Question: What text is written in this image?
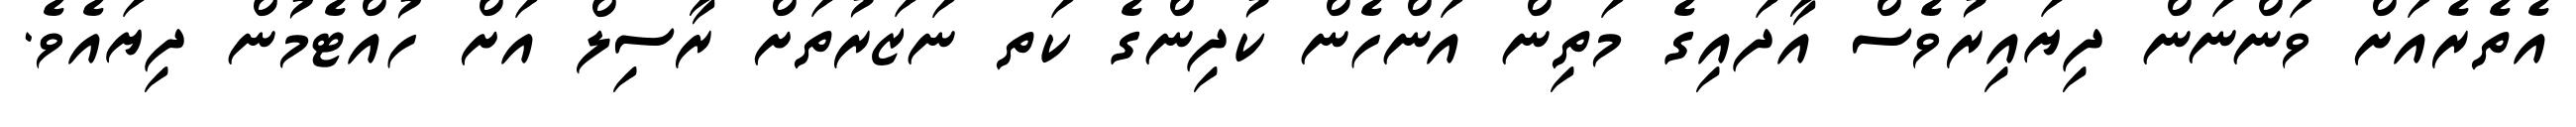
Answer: އެތެރެއަށް ވަންނަން ދިޔައިރުވެސް އާދައިގެ މަތިން އަންހެން ކުދިންގެ ކަތ ނަޒަރުތަށް ރާސިލް އަށް ހުއްޓެމުން ދިޔައެވެ.